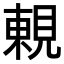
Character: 𧡍